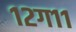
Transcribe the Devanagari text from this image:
१२ग११